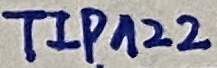
Text: TIP122